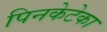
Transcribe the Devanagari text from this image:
पिनकेटेका